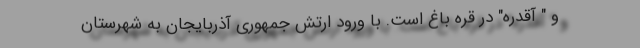
و " آقدره" در قره باغ است. با ورود ارتش جمهوری آذربایجان به شهرستان